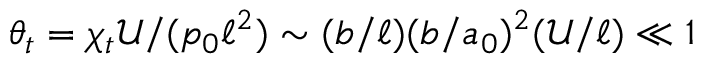
\theta _ { t } = \chi _ { t } \mathcal { U } / ( p _ { 0 } \ell ^ { 2 } ) \sim ( b / \ell ) ( b / a _ { 0 } ) ^ { 2 } ( \mathcal { U } / \ell ) \ll 1